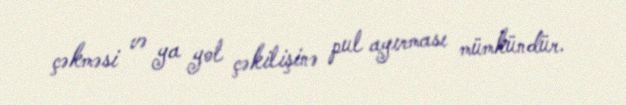
çəkməsi və ya yol çəkilişinə pul ayırması mümkündür.